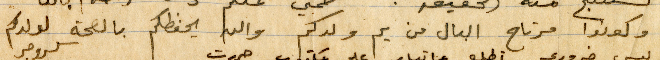
وكونوا مرتاح البال من يم ولدكم والله يحفظكم بالصلحة لولدكم